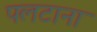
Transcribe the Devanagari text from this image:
पलटाना